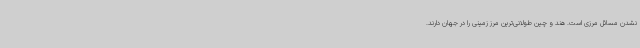
نشدن مسائل مرزی است. هند و چین طولانی‌ترین مرز زمینی را در جهان دارند.